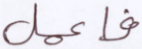
فاعمل